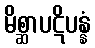
မိစ္ဆာပဋိပန္နံ